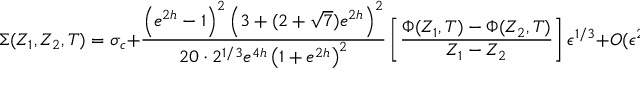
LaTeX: \Sigma ( Z _ { 1 } , Z _ { 2 } , T ) = \sigma _ { c } + { \frac { \left( e ^ { 2 h } - 1 \right) ^ { 2 } \left( 3 + ( 2 + \sqrt { 7 } ) e ^ { 2 h } \right) ^ { 2 } } { 2 0 \cdot 2 ^ { 1 / 3 } e ^ { 4 h } \left( 1 + e ^ { 2 h } \right) ^ { 2 } } } \left[ { \frac { \Phi ( Z _ { 1 } , T ) - \Phi ( Z _ { 2 } , T ) } { Z _ { 1 } - Z _ { 2 } } } \right] \epsilon ^ { 1 / 3 } + { \cal O } ( \epsilon ^ { 2 / 3 } )